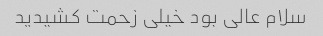
سلام عالی بود خیلی زحمت کشیدید